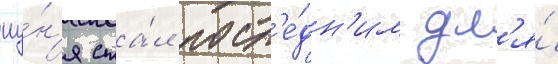
иу́н'я ста́л посл'е́дн'им дл'я́